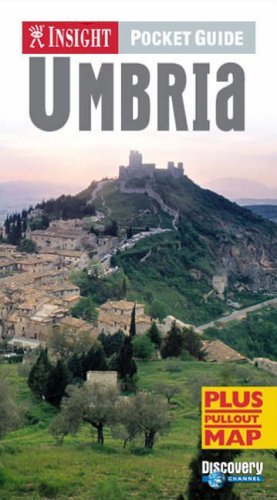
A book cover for Umbria Insight Pocket Guide (Insight Pocket Guides); *             ; Travel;